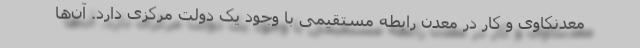
معدنکاوی و کار در معدن رابطه مستقیمی با وجود یک دولت مرکزی دارد. آن‌ها